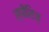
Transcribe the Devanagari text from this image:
स्पीशिज़